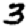
Digit: 3